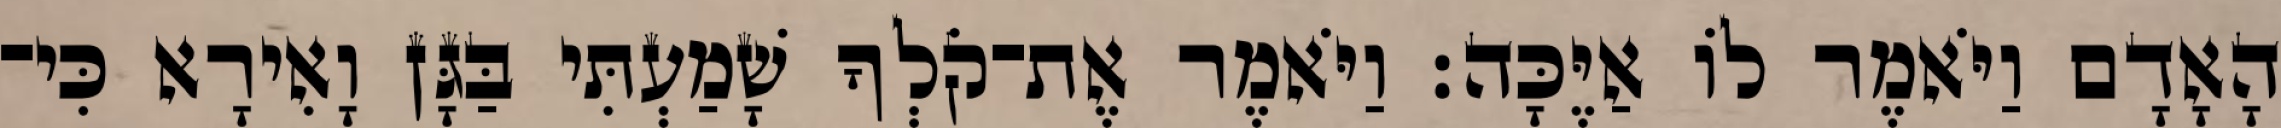
הָאָדָם וַיֹּאמֶר לֹו אַיֶּכָּה׃ וַיֹּאמֶר אֶת־קֹלְךָ שָׁמַעְתִּי בַּגָּן וָאִירָא כִּי־